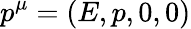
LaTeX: p^{\mu}=(E,p,0,0)